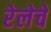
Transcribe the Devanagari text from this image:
रेलेचे